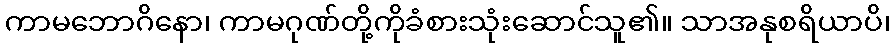
ကာမဘောဂိနော၊ ကာမဂုဏ်တို့ကိုခံစားသုံးဆောင်သူ၏။ သာအနုစရိယာပိ၊